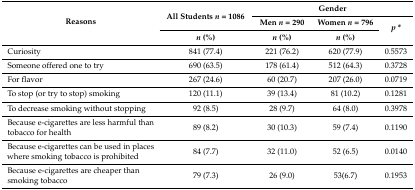
<table><thead><tr><td rowspan="3"><b>Reasons</b></td><td rowspan="2"><b>All Students <i>n</i> = 1086</b></td><td colspan="3"><b>Gender</b></td></tr><tr><td><b>Men <i>n</i> = 290</b></td><td><b>Women <i>n</i> = 796</b></td><td rowspan="2"><b><i>p</i> *</b></td></tr><tr><td><b><i>n</i> (%)</b></td><td><b><i>n</i> (%)</b></td><td><b><i>n</i> (%)</b></td></tr></thead><tbody><tr><td>Curiosity</td><td>841 (77.4)</td><td>221 (76.2)</td><td>620 (77.9)</td><td>0.5573</td></tr><tr><td>Someone offered one to try</td><td>690 (63.5)</td><td>178 (61.4)</td><td>512 (64.3)</td><td>0.3728</td></tr><tr><td>For flavor</td><td>267 (24.6)</td><td>60 (20.7)</td><td>207 (26.0)</td><td>0.0719</td></tr><tr><td>To stop (or try to stop) smoking</td><td>120 (11.1)</td><td>39 (13.4)</td><td>81 (10.2)</td><td>0.1281</td></tr><tr><td>To decrease smoking without stopping</td><td>92 (8.5)</td><td>28 (9.7)</td><td>64 (8.0)</td><td>0.3978</td></tr><tr><td>Because e-cigarettes are less harmful than tobacco for health</td><td>89 (8.2)</td><td>30 (10.3)</td><td>59 (7.4)</td><td>0.1190</td></tr><tr><td>Because e-cigarettes can be used in places where smoking tobacco is prohibited</td><td>84 (7.7)</td><td>32 (11.0)</td><td>52 (6.5)</td><td>0.0140</td></tr><tr><td>Because e-cigarettes are cheaper than smoking tobacco</td><td>79 (7.3)</td><td>26 (9.0)</td><td>53(6.7)</td><td>0.1953</td></tr></tbody></table>